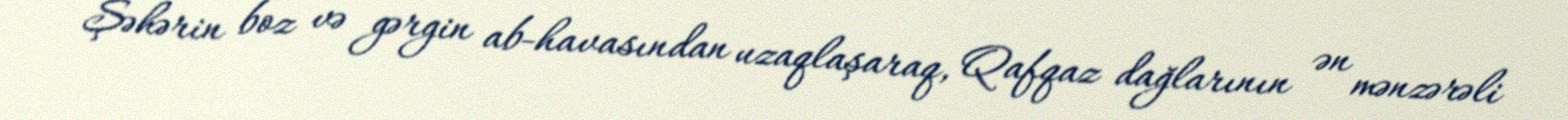
Şəhərin boz və gərgin ab-havasından uzaqlaşaraq, Qafqaz dağlarının ən mənzərəli